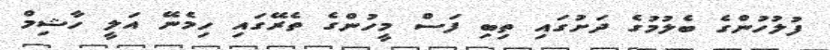
ފުލުހުންގެ ބެލުމުގެ ދަށުގައި ތިބި ފަސް މީހުންގެ ތެރޭގައި ހިމެނޭ އަލީ ހާޝިމް